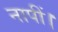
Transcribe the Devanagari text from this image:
नापीं।